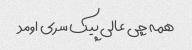
همه چی عالی پیک سری اومد